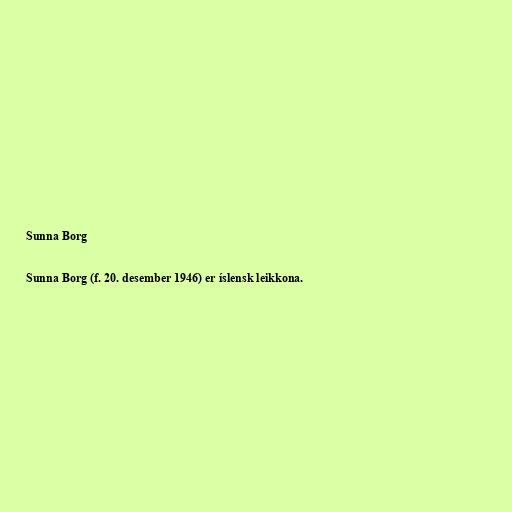
Sunna Borg

Sunna Borg (f. 20. desember 1946) er íslensk leikkona.